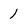
Character: 1